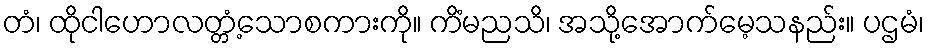
တံ၊ ထိုငါဟောလတ္တံ့သောစကားကို။ ကိံမညသိ၊ အသို့အောက်မေ့သနည်း။ ပဌမံ၊